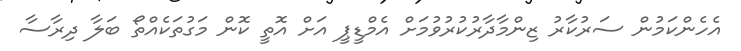
އެހެންކަމުން ސަރުކާރު ޒިންމާދާރުކުރުވުމަށް އެމްޑީޕީ އަށް އޮތީ ކޮން މަގުތަކެއްތޯ ބަލާ ދިރާސާ